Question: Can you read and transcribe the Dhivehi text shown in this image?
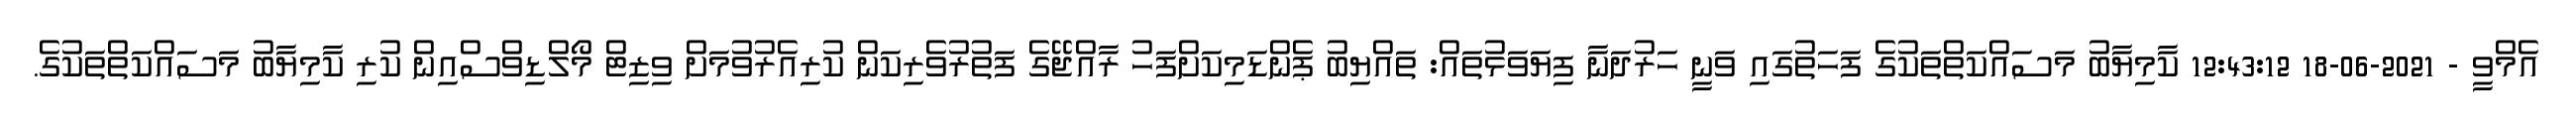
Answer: އެމްވީ - 2021-06-18 12:43:12 ކާމިޔާބު މަސައްކަތްތަކުގެ ފަހަތުގައި ވަނީ ހަރުދަނާ ފިޔަވަޅުތައް: ތައްޔިބު ޕެންޑަމިކަށްފަހު ރާއްޖޭގެ ފަތުރުވެރިކަން ކުރިއެރުވުމަށް ވިޒިޓް މޯލްޑިވްސްއިން ކުރި ކާމިޔާބު މަސައްކަތްތަކުގެ.